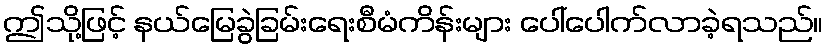
ဤသို့ဖြင့် နယ်မြေခွဲခြမ်းရေးစီမံကိန်းများ ပေါ်ပေါက်လာခဲ့ရသည်။